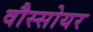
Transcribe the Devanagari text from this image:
वौस्सोयर